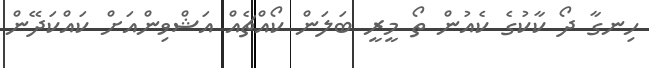
ހިނގާ ދޯ ކާކުގެ ކެއުން ތޯ މީރީ ބަލަން ކޯއްޗެއް އަޝްވިންއަށް ކައްކަދޭން